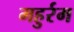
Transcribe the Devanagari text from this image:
महुर्रम